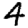
Digit: 4